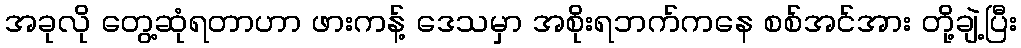
အခုလို တွေ့ဆုံရတာဟာ ဖားကန့် ဒေသမှာ အစိုးရဘက်ကနေ စစ်အင်အား တို့ချဲ့ပြီး